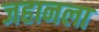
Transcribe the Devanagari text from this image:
जहानला